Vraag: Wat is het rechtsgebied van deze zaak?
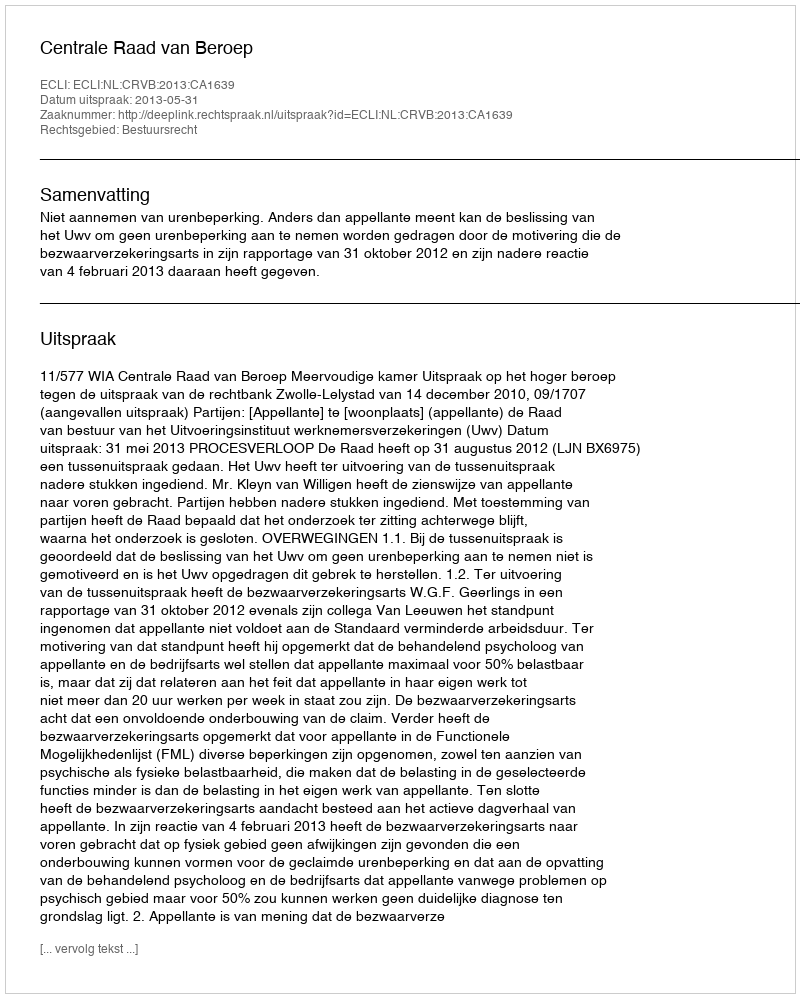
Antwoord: Bestuursrecht